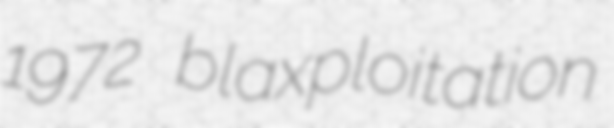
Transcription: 1972 blaxploitation